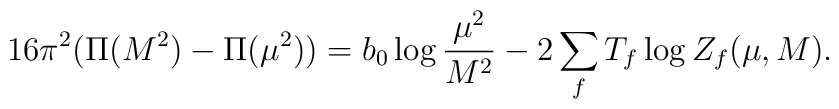
16\pi^{2}(\Pi(M^{2}) - \Pi(\mu^{2}))         = b_{0} \log \frac{\mu^{2}}{M^{2}}         - 2 \sum_{f} T_{f} \log Z_{f}(\mu,M) .